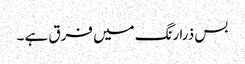
بس ذرا رنگ میں فرق ہے ۔